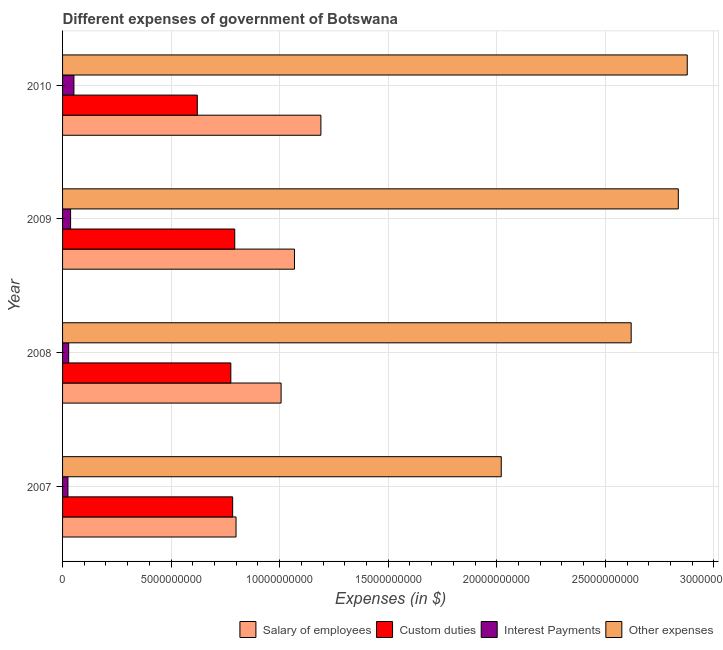
| Year | Salary of employees | Custom duties | Interest Payments | Other expenses |
 | --- | --- | --- | --- | --- |
 | 2007 | 7.99e+09 | 7.83e+09 | 2.48e+08 | 2.02e+10 |
 | 2008 | 1.01e+10 | 7.75e+09 | 2.82e+08 | 2.62e+10 |
 | 2009 | 1.07e+10 | 7.93e+09 | 3.7e+08 | 2.84e+10 |
 | 2010 | 1.19e+10 | 6.21e+09 | 5.24e+08 | 2.88e+10 |